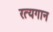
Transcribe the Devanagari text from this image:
रत्यगान